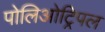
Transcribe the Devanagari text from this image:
पोलिओट्रिपल